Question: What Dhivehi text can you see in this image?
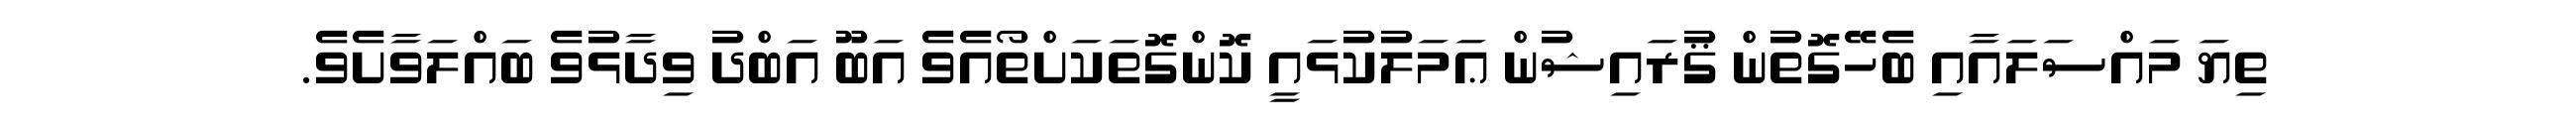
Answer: ތިޔަ މައްސަލައާއި ބެހޭގޮތުން ޤުރައިޝުން ޢަމަލުކުޅައީ ކޮންގޮތަކަށްތޯއެވެ އަބޫ އަބްދު ވިދާޅުވެ ބައްލަވާށެވެ.